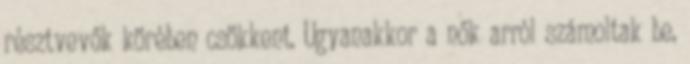
résztvevők körében csökkent. Ugyanakkor a nők arról számoltak be,